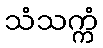
သံသက္ကံ